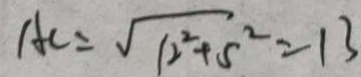
A C = \sqrt { 1 2 ^ { 2 } + 5 ^ { 2 } } = 1 3